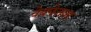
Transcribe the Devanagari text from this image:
वेबपेजवर